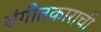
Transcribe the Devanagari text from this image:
संगीतकाराची